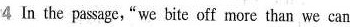
4 In the passage,"we bite off more than we can